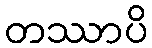
တဿာပိ